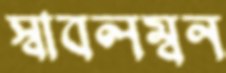
স্বাবলম্বন